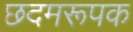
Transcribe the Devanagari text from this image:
छदमरूपक